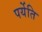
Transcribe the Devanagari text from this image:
पर्येति